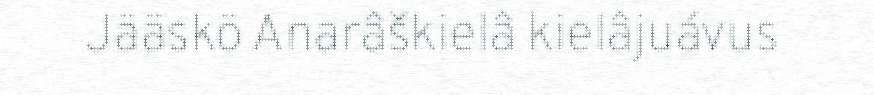
Jääskö Anarâškielâ kielâjuávus